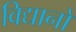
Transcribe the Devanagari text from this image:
विद्यानों